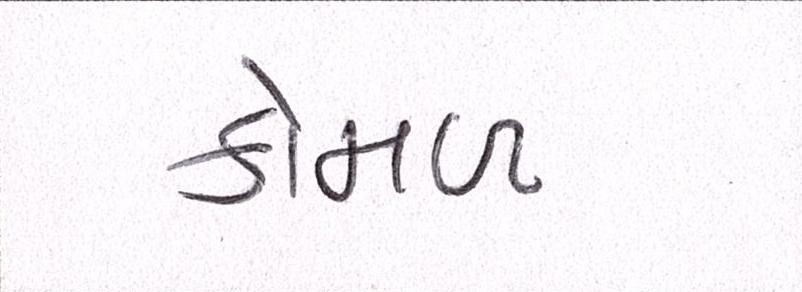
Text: કોમળ